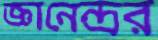
জ্ঞানেন্দ্রর